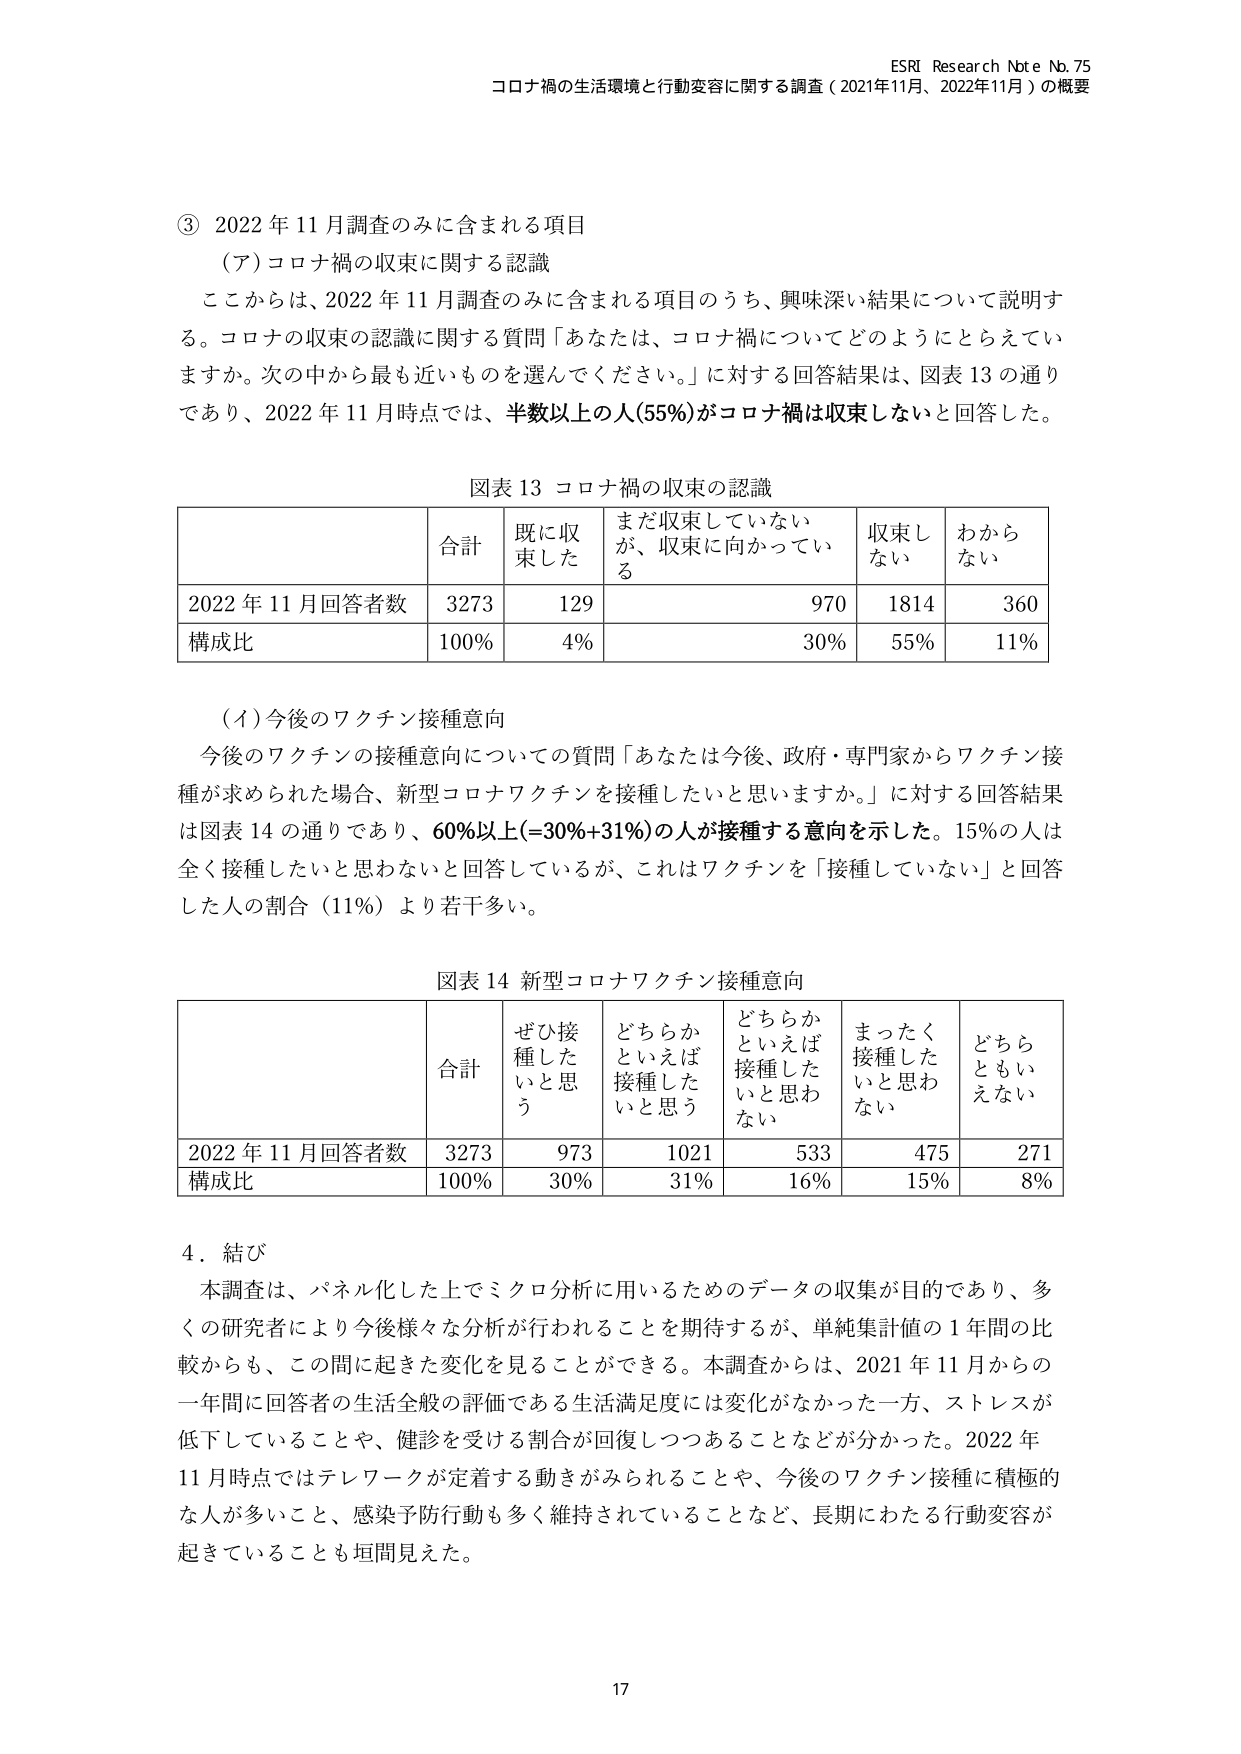
ESRI Research Note No. 75
コロナ禍の生活環境と行動変容に関する調査（2021年11月、2022年11月）の概要

③ 2022年11月調査のみに含まれる項目
（ア）コロナ禍の収束に関する認識
ここからは、2022年11月調査のみに含まれる項目のうち、興味深い結果について説明する。コロナの収束の認識に関する質問「あなたは、コロナ禍についてどのようにとらえていますか。次の中から最も近いものを選んでください。」に対する回答結果は、図表13の通りであり、2022年11月時点では、半数以上の人（55％）がコロナ禍は収束しないと回答した。

図表13 コロナ禍の収束の認識
| | 合計 | 既に収束した | まだ収束していないが、収束に向かっている | 収束しない | わからない |
|---|---|---|---|---|---|
| 2022年11月回答者数 | 3273 | 129 | 970 | 1814 | 360 |
| 構成比 | 100％ | 4％ | 30％ | 55％ | 11％ |

（イ）今後のワクチン接種意向
今後のワクチンの接種意向についての質問「あなたは今後、政府・専門家からワクチン接種が求められた場合、新型コロナワクチンを接種したいと思いますか。」に対する回答結果は図表14の通りであり、60％以上（＝30％＋31％）の人が接種する意向を示した。15％の人は全く接種したいと思わないと回答しているが、これはワクチンを「接種していない」と回答した人の割合（11％）より若干多い。

図表14 新型コロナワクチン接種意向
| | 合計 | ぜひ接種したいと思う | どちらかといえば接種したいと思う | どちらかといえば接種したくないと思う | まったく接種したくないと思う | どちらともいえない |
|---|---|---|---|---|---|---|
| 2022年11月回答者数 | 3273 | 973 | 1021 | 533 | 475 | 271 |
| 構成比 | 100％ | 30％ | 31％ | 16％ | 15％ | 8％ |

4．結び
本調査は、パネル化した上でミクロ分析に用いるためのデータの収集が目的であり、多くの研究者により今後様々な分析が行われることを期待するが、単純集計値の1年間の比較からも、この間に起きた変化を見ることができる。本調査からは、2021年11月からの一年間に回答者の生活全般の評価である生活満足度には変化がなかった一方、ストレスが低下していることや、健診を受ける割合が回復しつつあることなどが分かった。2022年11月時点ではテレワークが定着する動きがみられることや、今後のワクチン接種に積極的な人が多いこと、感染予防行動も多く維持されていることなど、長期にわたる行動変容が起きていることも垣間見えた。

17